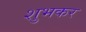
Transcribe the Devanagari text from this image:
शुभकर